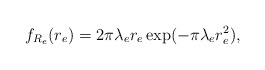
\begin{align*} f_{R_e}(r_e) = 2 \pi \lambda_e r_e \exp(-\pi \lambda_e r_e^2),\end{align*}